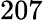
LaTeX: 207